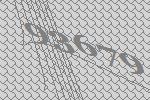
93679